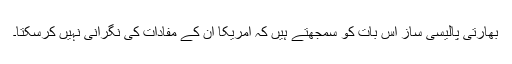
بھارتی پالیسی ساز اس بات کو سمجھتے ہیں کہ امریکا اُن کے مفادات کی نگرانی نہیں کرسکتا۔